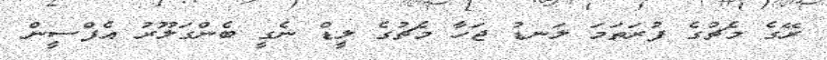
ރޭގެ މެޗުގެ ފުރަތަމަ ލަނޑު ޖަހާ މެޗުގެ ލީޑް ނެގީ ބެންގަލޫރު އެފްސީން